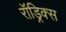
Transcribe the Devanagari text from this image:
रॉड्रिक्स